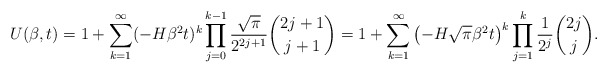
\begin{align*}U(\beta, t)= 1+\sum_{k=1}^{\infty}(-H\beta^2t)^k\prod_{j=0}^{k-1}\frac{\sqrt{\pi}}{2^{2j+1}}\binom{2j+1}{j+1}= 1+\sum_{k=1}^{\infty}\left(-H\sqrt{\pi}\beta^2 t\right)^k\prod_{j=1}^{k}\frac{1}{2^j}\binom{2j}{j}.\end{align*}